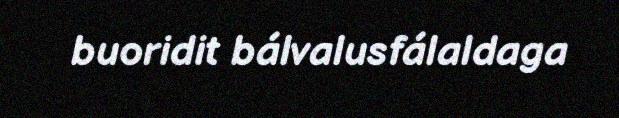
buoridit bálvalusfálaldaga